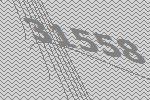
31558